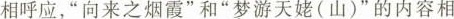
相呼应，”向来之烟霞”和”梦游天姥(山)”的内容相